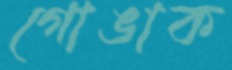
গোঙাক